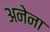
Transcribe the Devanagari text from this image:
अनेना